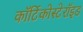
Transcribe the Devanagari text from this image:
कॉर्टिकोस्टेरॉइड